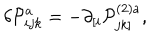
\delta \mathcal { P } _ { i j k } ^ { a } = - \partial _ { [ i } \mathcal { P } _ { j k ] } ^ { ( 2 ) a } , \;